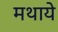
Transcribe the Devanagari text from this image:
मथाये